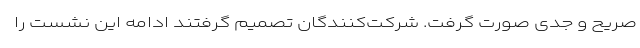
صریح و جدی صورت گرفت. شرکت‌کنندگان تصمیم گرفتند ادامه این نشست را